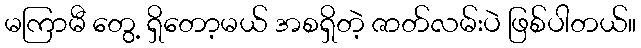
မကြာမီ တွေ့ ရှိတော့မယ် အစရှိတဲ့ ဇာတ်လမ်းပဲ ဖြစ်ပါတယ်။